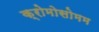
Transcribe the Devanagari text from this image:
क्रोमोसोमम